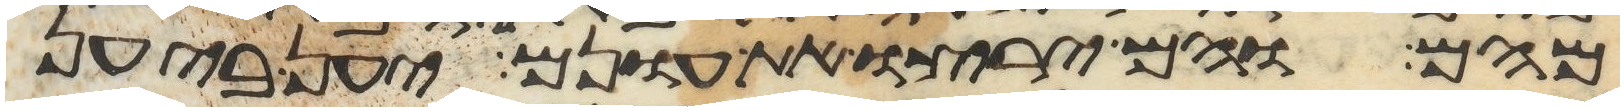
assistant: מהם והם ירצו את עונם יען ביען